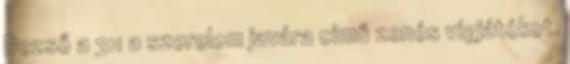
Dezső a 3:1 a szerelem javára című zenés vígjátékot.